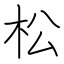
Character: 松